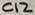
Text: C12